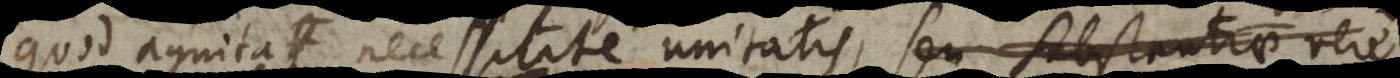
uod agnita necessitate unitatis, seu substantiae vere